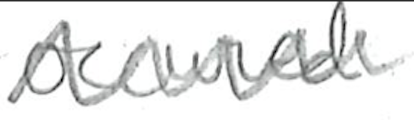
Text: occurred
Cross-out: zig-zag
Writing tool: pencil